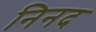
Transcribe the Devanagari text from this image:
निनद